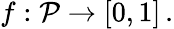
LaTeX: f:{\cal P}\rightarrow[0,1]\, .